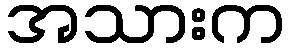
အသားက